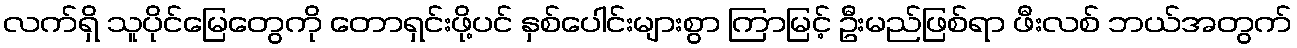
လက်ရှိ သူပိုင်မြေတွေကို တောရှင်းဖို့ပင် နှစ်ပေါင်းများစွာ ကြာမြင့် ဦးမည်ဖြစ်ရာ ဖီးလစ် ဘယ်အတွက်